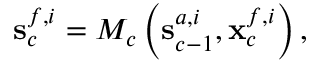
{ \mathbf { s } } _ { c } ^ { f , i } = { \cal { M } } _ { c } \left( { \bf s } _ { c - 1 } ^ { a , i } , { \bf x } _ { c } ^ { f , i } \right) ,